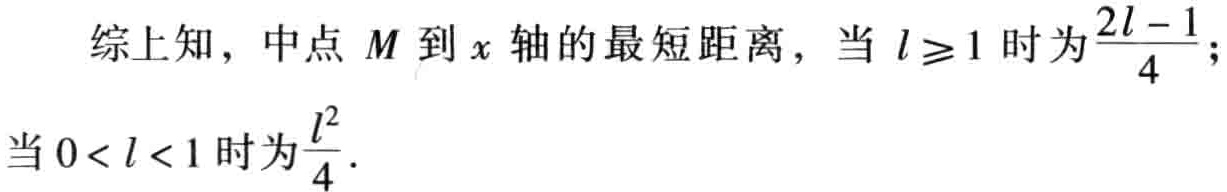
综上知，中点 \(M\) 到 \(x\) 轴的最短距离，当 \(l\geq1\) 时为\(\frac{2l - 1}{4}\)；当 \(0 < l < 1\) 时为\(\frac{l^{2}}{4}\)．